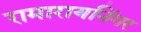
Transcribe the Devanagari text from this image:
रामारायनिंगर